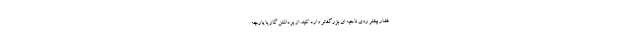
فشار بیشتر روی ناحیه ای بزرگ‌تر وارد کنید. از برداشتن گاز یا پارچه